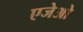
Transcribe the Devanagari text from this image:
एजेओ